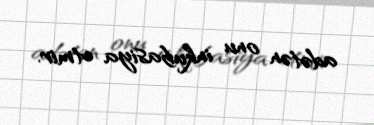
adətən onu inkubasiya etmir.